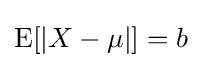
\operatorname {E} [|X-\mu |]=b